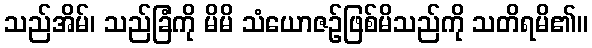
သည်အိမ်၊ သည်ခြံကို မိမိ သံယောဇဉ်ဖြစ်မိသည်ကို သတိရမိ၏။